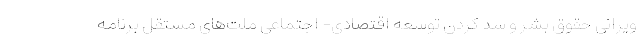
ویرانی حقوق بشر و سد کردن توسعه اقتصادی- اجتماعی ملت‌های مستقل برنامه